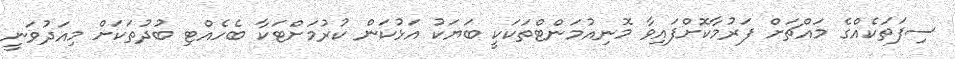
ސިފަތަކެއްގެ މައްޗަށް ފަރުމާކޮށްފައިވާ މޮނިއުމަންޓްތަކަކީ ބަޔަކު އަޅުކަން ކުރުމަށްޓަކާ ބެހެއްޓި ބުދުތަކަށް މިއަދުވަނީ